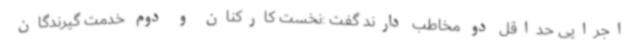
اجرایی حداقل دو مخاطب دارند گفت :نخست کارکنان و دوم خدمت گیرندگان